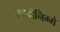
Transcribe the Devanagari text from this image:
रुम्मेनिग्गे